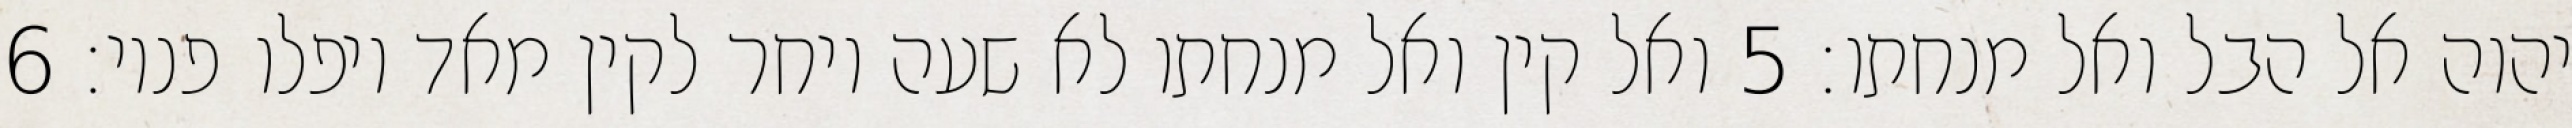
יהוה אל הבל ואל מנחתו׃ ‎5‏ ואל קין ואל מנחתו לא שעה ויחר לקין מאד ויפלו פניו׃ ‎6‏